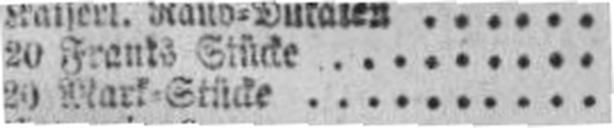
20 Mark=Stücke